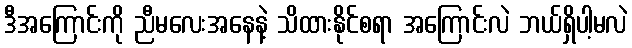
ဒီအကြောင်းကို ညီမလေးအနေနဲ့ သိထားနိုင်စရာ အကြောင်းလဲ ဘယ်ရှိပါ့မလဲ